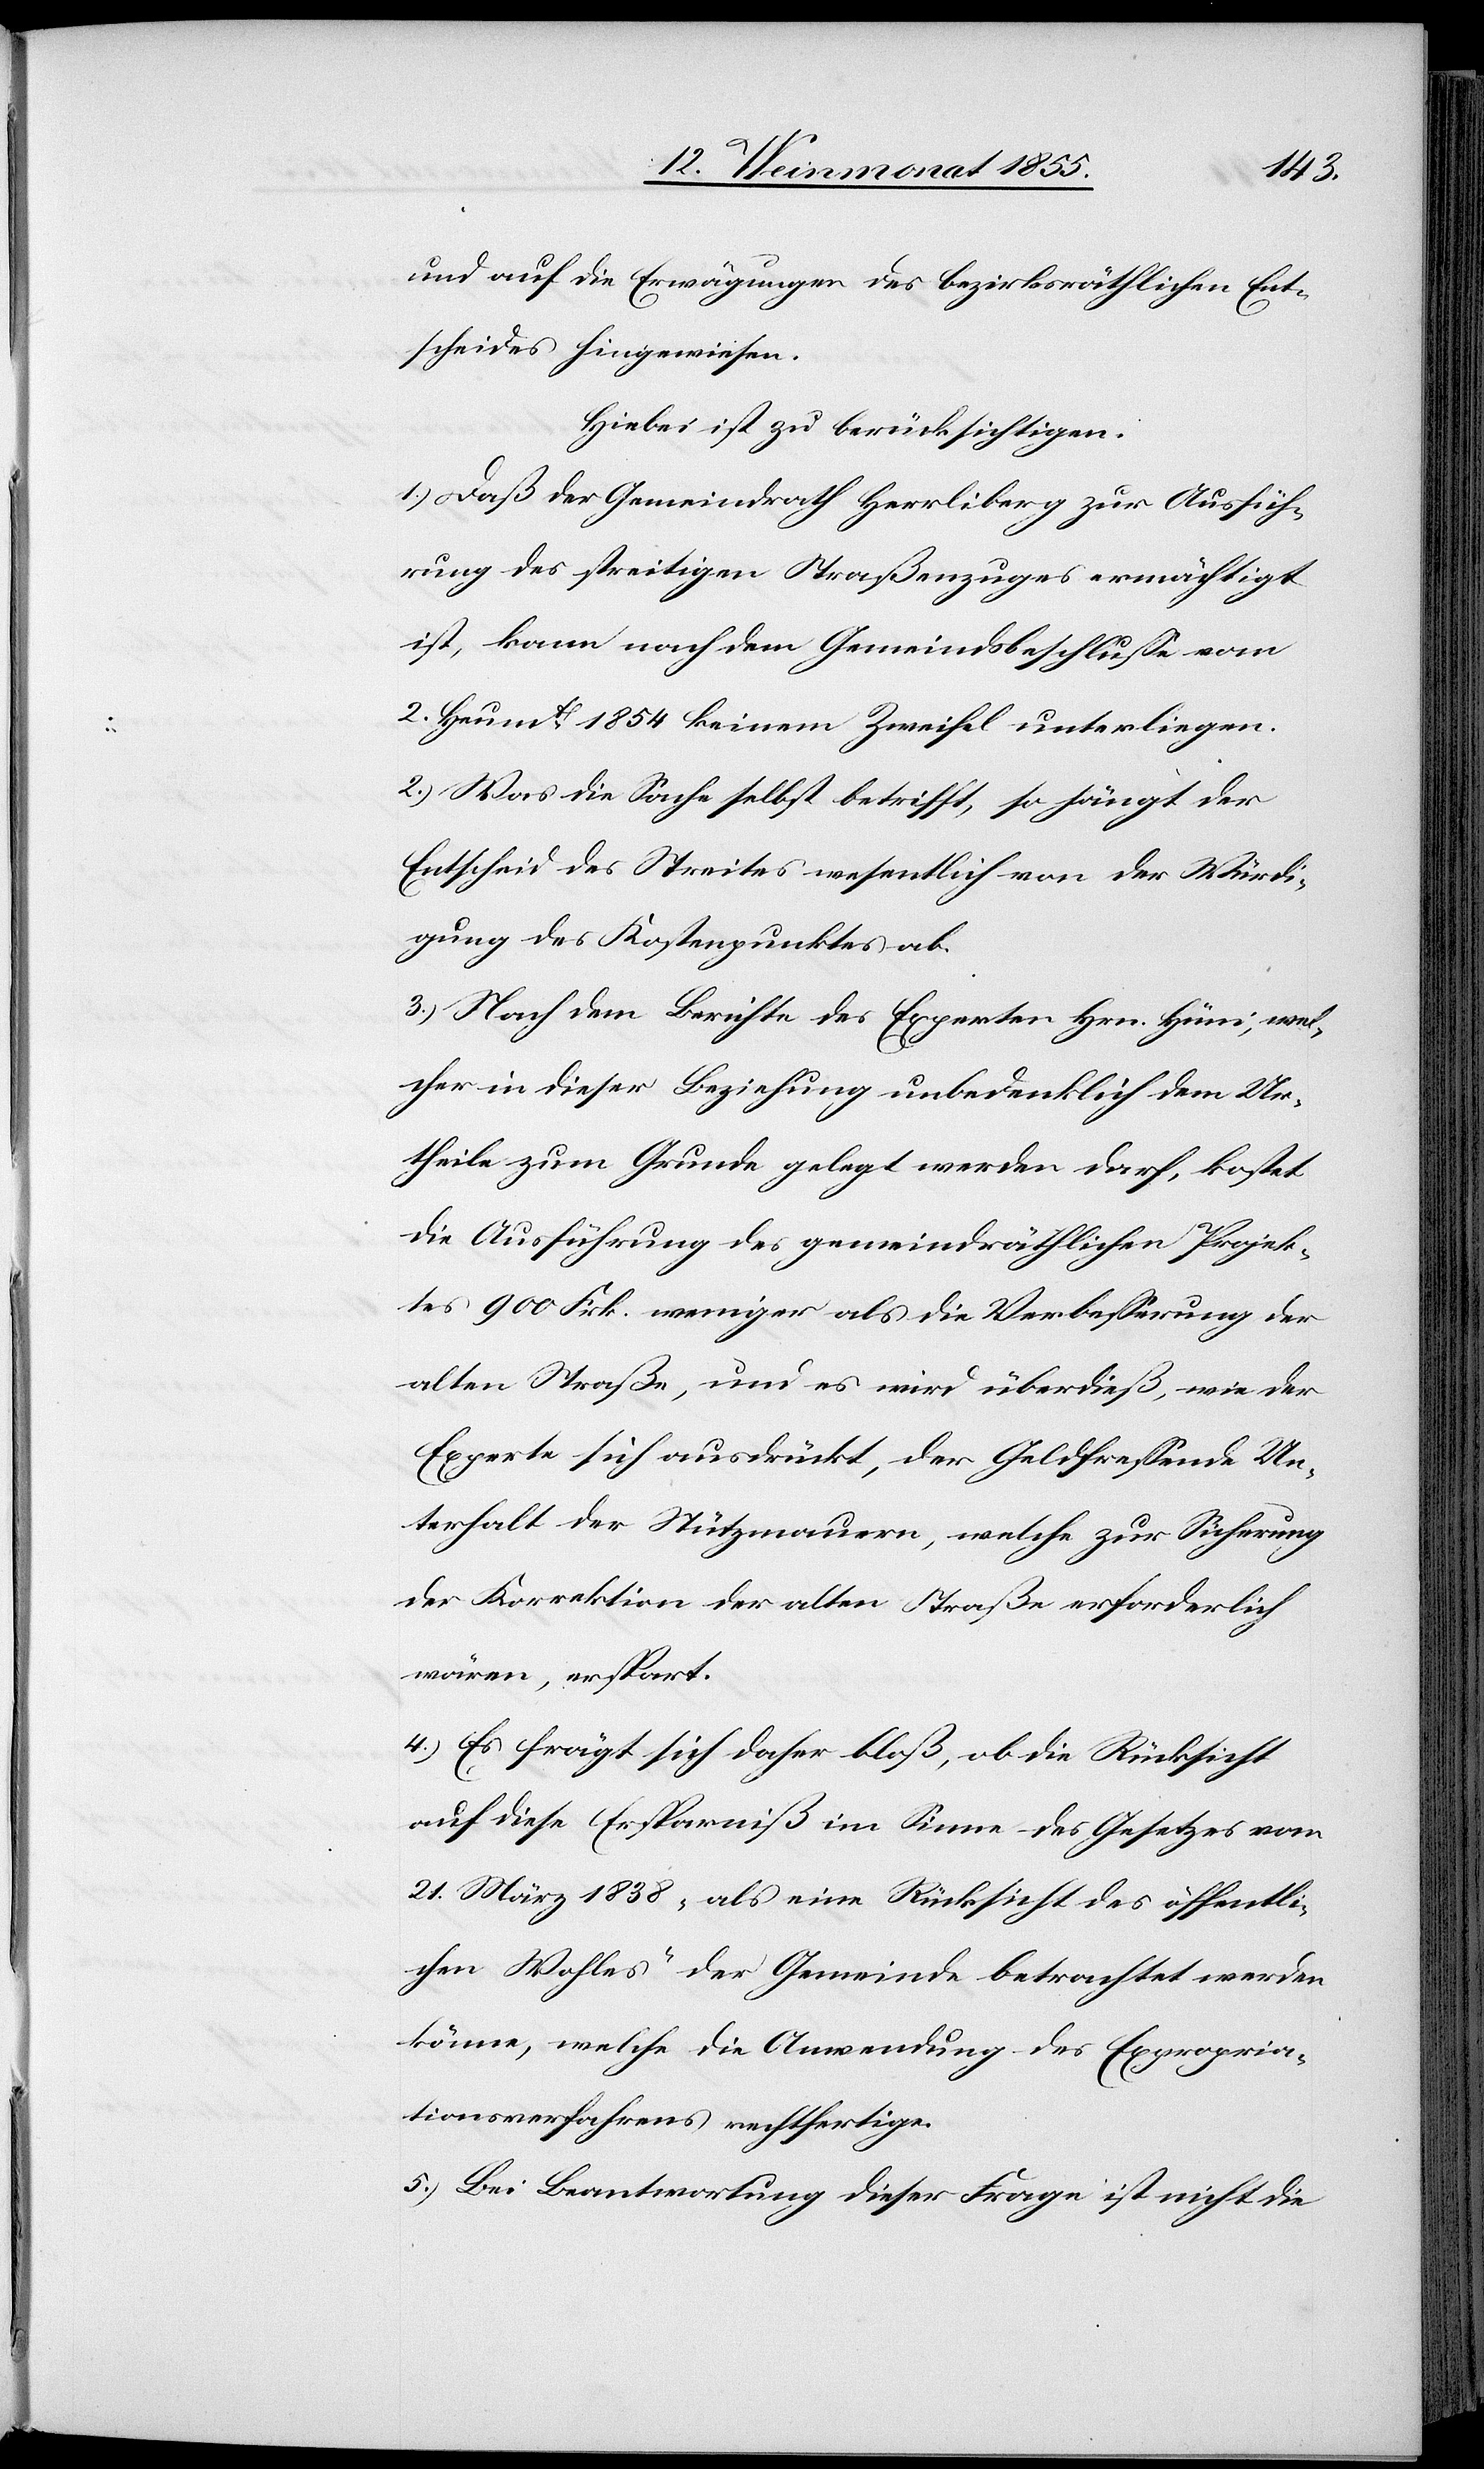
und auf die Erwägungen des bezirksräthlichen Ent¬
scheides hingewiesen.
Hiebei ist zu berücksichtigen.
1.) Daß der Gemeindrath Herrliberg zur Ausfüh¬
rung des streitigen Straßenzuges ermächtigt
ist, kann nach dem Gemeindsbeschlusse vom
2. Heumt. 1854 keinem Zweifel unterliegen.
2.) Was die Sache selbst betrifft, so hängt der
Entscheid des Streites wesentlich von der Würdi¬
gung des Kostenpunktes ab.
3.) Nach dem Berichte des Experten Hrn. Hüni, wel¬
cher in dieser Beziehung unbedenklich dem Ur¬
theile zum Grunde gelegt werden darf, kostet
die Ausführung des gemeindräthlichen Projek¬
tes 900 Frk. weniger als die Verbesserung der
alten Straße, und es wird überdieß, wie der
Experte sich ausdrückt, der Geldfressende Un¬
terhalt der Stützmauern, welche zur Sicherung
der Korrektion der alten Straße erforderlich
wären, erspart.
4.) Es frägt sich daher bloß, ob die Rücksicht
auf diese Ersparniß im Sinne des Gesetzes vom
21. März 1838 „als eine Rücksicht des öffentli¬
chen Wohles“ der Gemeinde betrachtet werden
könne, welche die Anwendung des Expropria¬
tionsverfahrens rechtfertige.
5.) Bei Beantwortung dieser Frage ist nicht die